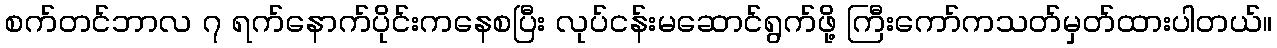
စက်တင်ဘာလ ၇ ရက်နောက်ပိုင်းကနေစပြီး လုပ်ငန်းမဆောင်ရွက်ဖို့ ကြီးကော်ကသတ်မှတ်ထားပါတယ်။